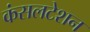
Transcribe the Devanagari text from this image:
कंसलटेशन